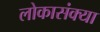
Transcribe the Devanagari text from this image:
लोकासंक्या